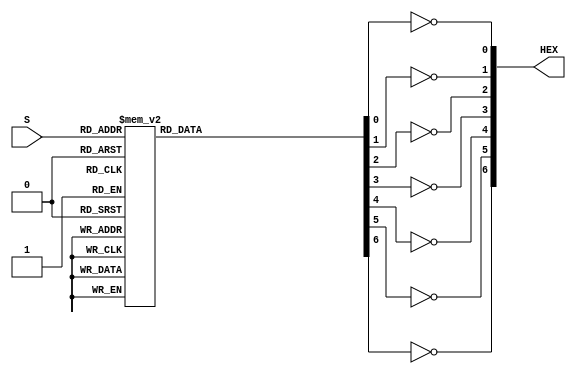
module hexdecoder(HEX, S);
    input [3:0] S;
    output [6:0] HEX;

	reg [6:0] ssOut;

	always@(S)
		case (S)
			4'b0000 : ssOut = 7'b0111111; //0
			4'b0001 : ssOut = 7'b0000110; //1
			4'b0010 : ssOut = 7'b1011011; //2
			4'b0011 : ssOut = 7'b1001111; //3
			4'b0100 : ssOut = 7'b1100110; //4
			4'b0101 : ssOut = 7'b1101101; //5
			4'b0110 : ssOut = 7'b1111101; //6
			4'b0111 : ssOut = 7'b0000111; //7
			4'b1000 : ssOut = 7'b1111111; //8
			4'b1001 : ssOut = 7'b1100111; //9
			4'b1010 : ssOut = 7'b1110111; //A
			4'b1011 : ssOut = 7'b1111100; //b
			4'b1100 : ssOut = 7'b0111001; //C
			4'b1101 : ssOut = 7'b1011110; //d
			4'b1110 : ssOut = 7'b1111001; //E
			4'b1111 : ssOut = 7'b1110001; //F
			default: ssOut = 7'b0111111;
		endcase
	
	assign HEX[0] = ~ssOut[0];
	assign HEX[1] = ~ssOut[1];
	assign HEX[2] = ~ssOut[2];
	assign HEX[3] = ~ssOut[3];
	assign HEX[4] = ~ssOut[4];
	assign HEX[5] = ~ssOut[5];
	assign HEX[6] = ~ssOut[6];
endmodule